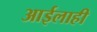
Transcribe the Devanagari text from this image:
आईलाही